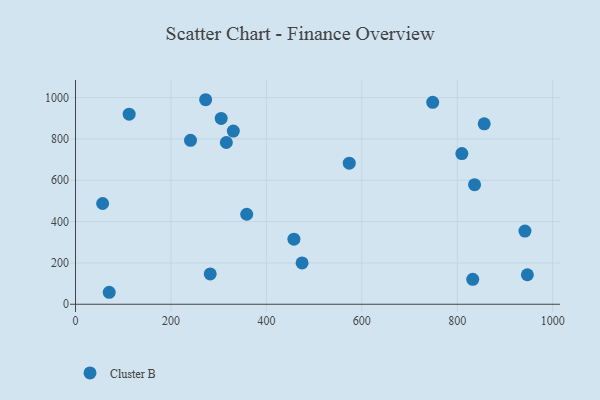
{"axis": {"x": "Price", "y": "Demand"}, "legend": ["Cluster B"], "data": [{"x": "358.8", "y": 435.5, "type": "Cluster B"}, {"x": "241.0", "y": 793.4, "type": "Cluster B"}, {"x": "282.3", "y": 146.6, "type": "Cluster B"}, {"x": "70.6", "y": 58.0, "type": "Cluster B"}, {"x": "836.3", "y": 578.7, "type": "Cluster B"}, {"x": "330.7", "y": 837.9, "type": "Cluster B"}, {"x": "832.5", "y": 120.7, "type": "Cluster B"}, {"x": "112.4", "y": 919.9, "type": "Cluster B"}, {"x": "305.3", "y": 899.4, "type": "Cluster B"}, {"x": "474.8", "y": 199.9, "type": "Cluster B"}, {"x": "856.5", "y": 873.1, "type": "Cluster B"}, {"x": "56.8", "y": 487.7, "type": "Cluster B"}, {"x": "573.7", "y": 682.9, "type": "Cluster B"}, {"x": "947.0", "y": 142.8, "type": "Cluster B"}, {"x": "809.7", "y": 729.0, "type": "Cluster B"}, {"x": "272.7", "y": 989.8, "type": "Cluster B"}, {"x": "941.9", "y": 354.4, "type": "Cluster B"}, {"x": "748.6", "y": 977.1, "type": "Cluster B"}, {"x": "316.1", "y": 782.7, "type": "Cluster B"}, {"x": "457.7", "y": 315.0, "type": "Cluster B"}]}